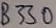
Text: 3330